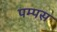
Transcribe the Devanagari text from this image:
पम्पस